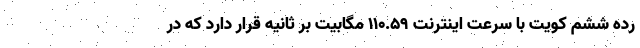
رده ششم کویت با سرعت اینترنت ۱۱۰.۵۹ مگابیت بر ثانیه قرار دارد که در